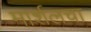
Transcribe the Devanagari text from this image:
मार्शलचा